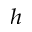
_ h